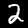
Label: 2